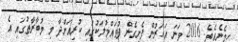
ހިމެނެއެވެ. 2016 ވަނަ އަހަރުން ފެށިގެން ފުވައްމުލަކުގައި ކުރިއަށްދާ މި މުބާރާތުގައި އެ